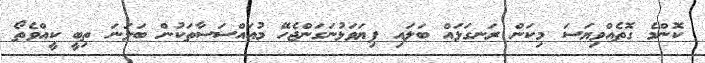
ކޮންމެ ގޮތެއްވިޔަސަ މިކަން ރަނގަޅައް ބަލައި ފިޔަވަޅުނަގަންޖެހޭ މުއައްސަަސާތަކުން ބަލަނަ ތިބީ ކީއްވެތޯ